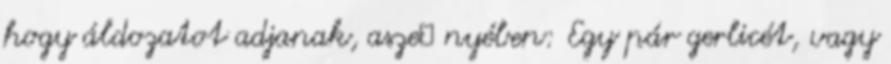
hogy áldozatot adjanak, asze− nyében: Egy pár gerlicét, vagy